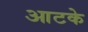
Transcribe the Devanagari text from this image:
आटके